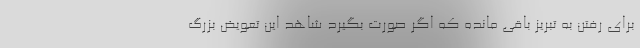
برای رفتن به تبریز باقی مانده که اگر صورت بگیرد شاهد این تعویض بزرگ